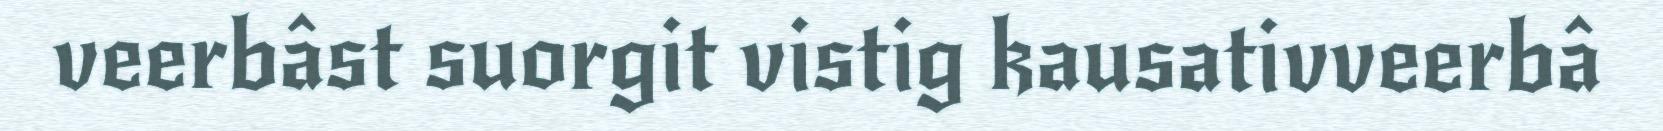
veerbâst suorgit vistig kausativveerbâ